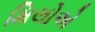
મિલોએ